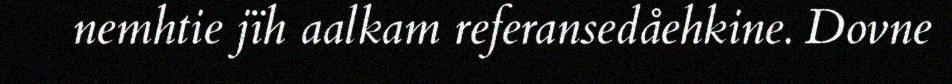
nemhtie jïh aalkam referansedåehkine. Dovne